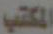
المكتب